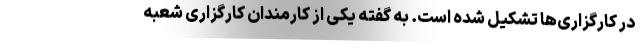
در کارگزاری‌ها تشکیل شده است. به گفته یکی از کارمندان کارگزاری شعبه